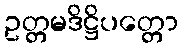
ဥတ္တမဒိဋ္ဌိပတ္တော